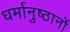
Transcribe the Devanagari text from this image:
धर्मानुष्ठानों